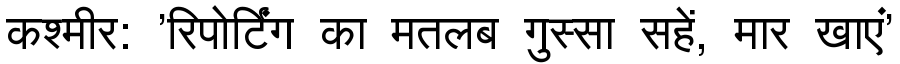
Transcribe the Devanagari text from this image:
कश्मीर: 'रिपोर्टिंग का मतलब गुस्सा सहें, मार खाएं'